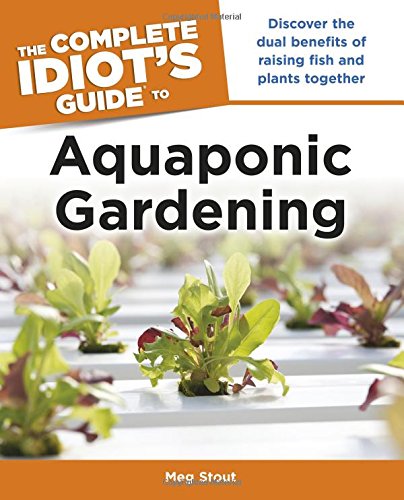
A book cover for The Complete Idiot's Guide to Aquaponic Gardening (Idiot's Guides); Meg Stout; Crafts, Hobbies & Home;